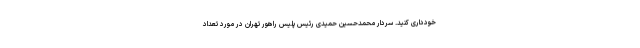
خودداری کنید. سردار محمدحسین حمیدی رئیس پلیس راهور تهران در مورد تعداد